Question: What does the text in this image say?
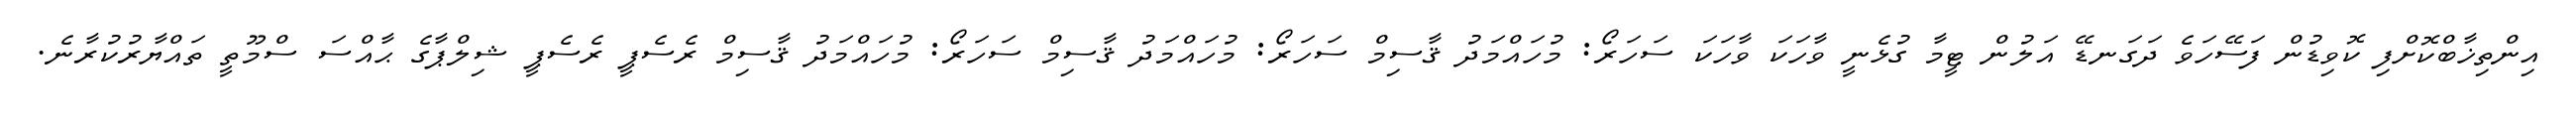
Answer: އިންތިޚާބްކޮށްފި ކޮވިޑުން ފަސޭހަވެ ދަގަނޑޭ އަލުން ޓީމާ ގުޅެނީ ވާހަކަ ވާހަކަ ސަހަރޯ: މުހައްމަދު ޤާސިމް ސަހަރޯ: މުހައްމަދު ޤާސިމް ސަހަރޯ: މުހައްމަދު ޤާސިމް ރެސެޕީ ރެސެޕީ ޝިލްޕާގެ ޙާއްސަ ސްމޫތީ ތައްޔާރުކުރާނެ.